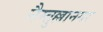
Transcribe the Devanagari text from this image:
नैम्तुल्लानगर